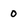
Character: 0